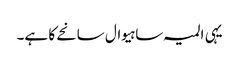
یہی المیہ ساہیوال سانحے کا ہے۔